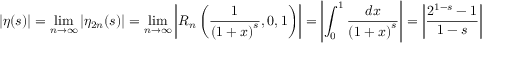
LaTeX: | \eta ( s ) | = \operatorname* { l i m } _ { n \to \infty } | \eta _ { 2 n } ( s ) | = \operatorname* { l i m } _ { n \to \infty } \left| R _ { n } \left( { \frac { 1 } { { ( 1 + x ) } ^ { s } } } , 0 , 1 \right) \right| = \left| \int _ { 0 } ^ { 1 } { \frac { d x } { { ( 1 + x ) } ^ { s } } } \right| = \left| { \frac { 2 ^ { 1 - s } - 1 } { 1 - s } } \right| = \left| { \frac { 1 - 1 } { - i t } } \right| = 0 .